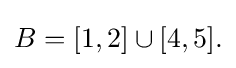
{\textstyle B=[1,2]\cup [4,5].}